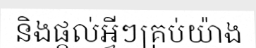
និងផ្តល់អ្វីៗគ្រប់យ៉ាង